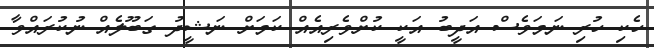
ހެކި ހުރި ނަމަވެސް އަދީބު އަކީ ކުށްވެރިއެއް ކަމަށް ނަޝީދު ގަބޫލެއް ނުކުރައްވާ